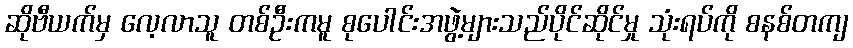
ဆိုဗီယက်မှ လေ့လာသူ တစ်ဦးကမူ စုပေါင်းအဖွဲ့များသည်ပိုင်ဆိုင်မှု သုံးရပ်ကို စနစ်တကျ